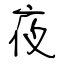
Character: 夜